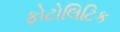
ફોટોલિટિક